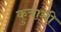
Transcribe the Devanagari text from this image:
कुत्राची